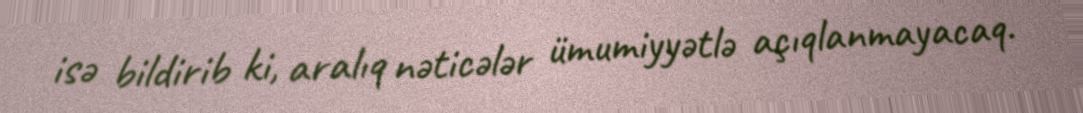
isə bildirib ki, aralıq nəticələr ümumiyyətlə açıqlanmayacaq.